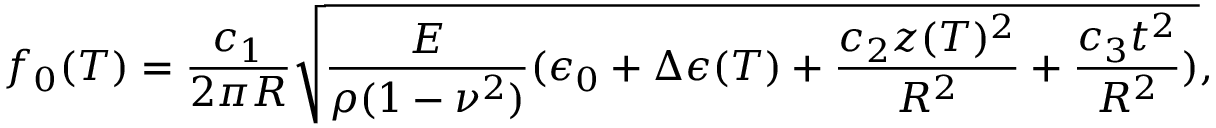
f _ { 0 } ( T ) = \frac { c _ { 1 } } { 2 \pi R } \sqrt { \frac { E } { \rho ( 1 - \nu ^ { 2 } ) } ( \epsilon _ { 0 } + \Delta \epsilon ( T ) + \frac { c _ { 2 } z ( T ) ^ { 2 } } { R ^ { 2 } } + \frac { c _ { 3 } t ^ { 2 } } { R ^ { 2 } } ) } ,